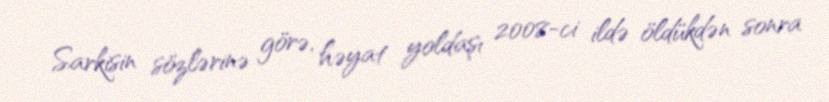
Sarkisin sözlərinə görə, həyat yoldaşı 2008-ci ildə öldükdən sonra